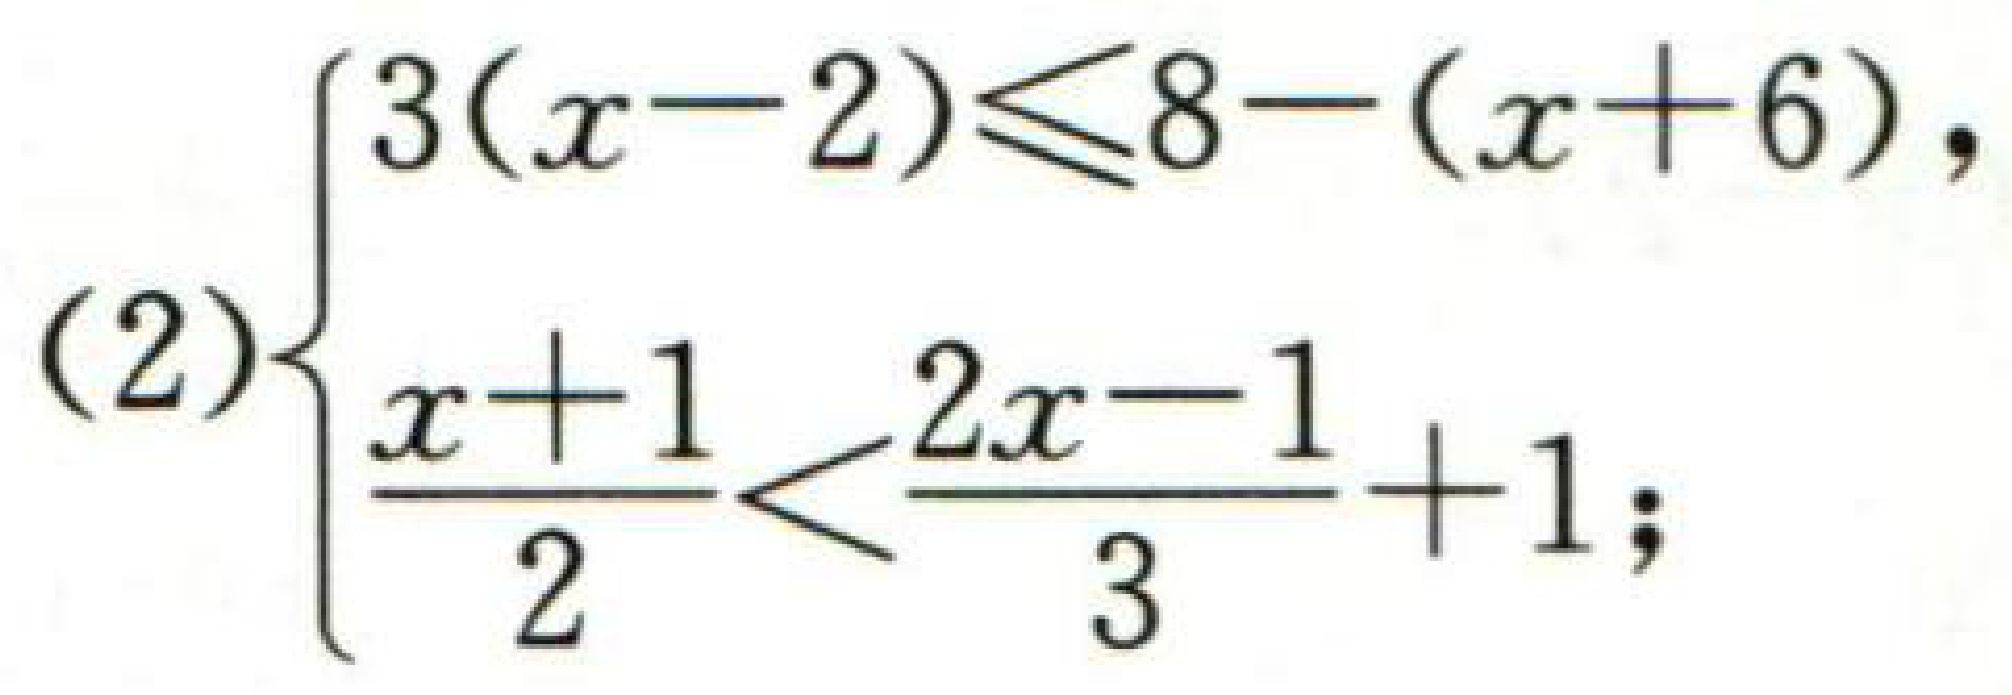
\[(2)\begin{cases}

3(x - 2)\leq8-(x + 6),\\

\frac{x + 1}{2}<\frac{2x - 1}{3}+1;

\end{cases}\]